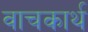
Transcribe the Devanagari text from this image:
वाचकार्थ